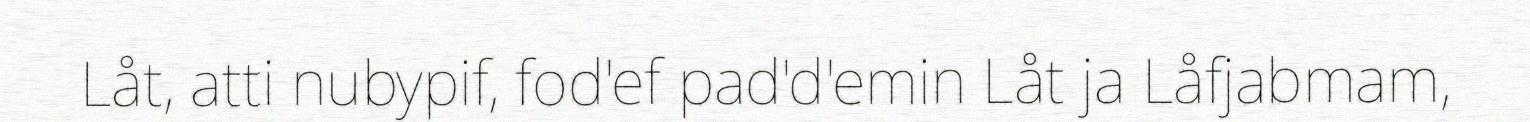
Låt, atti nubypif, fod'ef pad'd'emin Låt ja Låfjabmam,